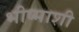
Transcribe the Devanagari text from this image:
भीष्माशी